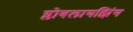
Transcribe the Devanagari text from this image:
ग्लोबलायझिंग